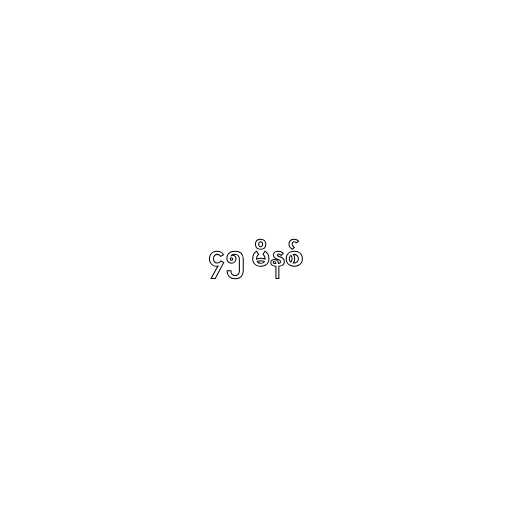
၄၅ မိနစ်